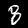
Label: 8